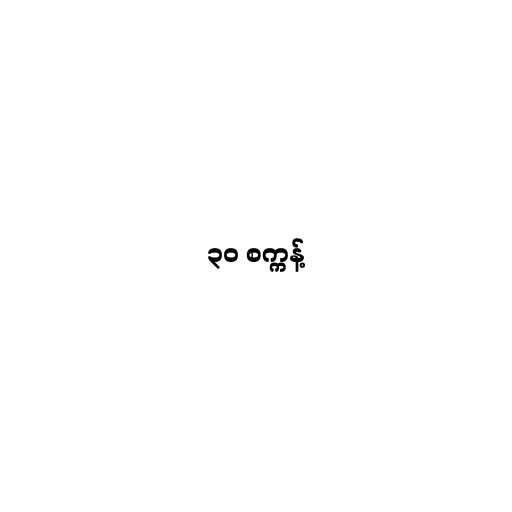
၃၀ စက္ကန့်